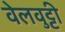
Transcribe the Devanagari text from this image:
वेलवुट्टी